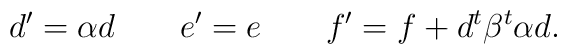
d^\prime = \alpha d \;\;\;\;\;\;\; e^\prime = e \;\;\;\;\;\;\; f^\prime = f + d^t \beta^t \alpha d.